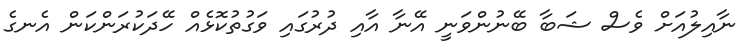
ނާއިލުއަށް ވެސް ޝަބާ ބޭނުންވަނީ އޭނާ އާއި ދުރުގައި ވަގުތުކޮޅެއް ހޭދަކުރަންކަން އެނގެ